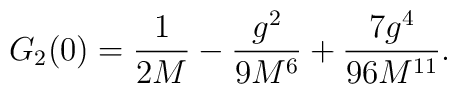
G_2(0)={1\over2M} -{g^2\over9M^6}+{7g^4\over96M^{11}}.